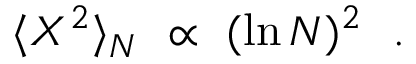
\langle X ^ { 2 } \rangle _ { N } ~ \propto ~ ( \ln N ) ^ { 2 } ~ ~ .